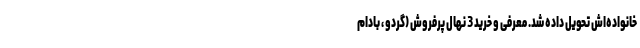
خانواده‌اش تحویل داده شد. معرفی و خرید 3 نهال پرفروش (گردو ، بادام